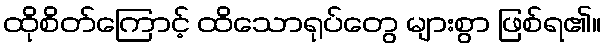
ထိုစိတ်ကြောင့် ထိသောရုပ်တွေ များစွာ ဖြစ်ရ၏။